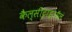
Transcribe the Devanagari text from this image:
कैल्सीट्राइऑल